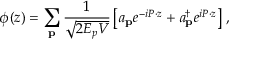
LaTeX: \phi ( z ) = \sum _ { \bf p } \frac { 1 } { \sqrt { 2 E _ { p } V } } \left[ a _ { \bf p } e ^ { - i P \cdot z } + a _ { \bf p } ^ { \dagger } e ^ { i P \cdot z } \right] \, ,